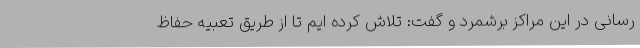
رسانی در این مراکز برشمرد و گفت: تلاش کرده ایم تا از طریق تعبیه حفاظ